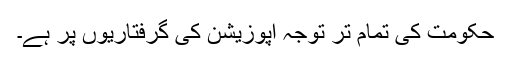
حکومت کی تمام تر توجہ اپوزیشن کی گرفتاریوں پر ہے۔